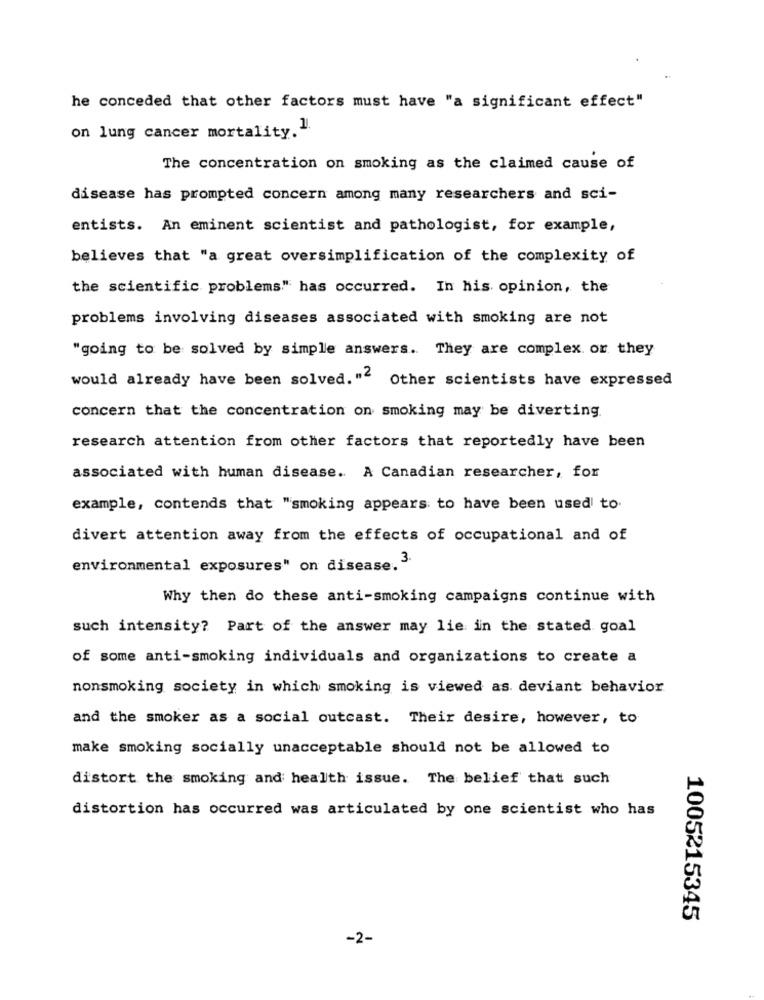
he conceded that other factors must have "a significant effect"
on lung cancer mortality."
The concentration on smoking as the claimed cause of
disease has prompted concern among many researchers and sci-
entists. An eminent scientist and pathologist, for example,
believes that "a great oversimplification of the complexity of
the scientific problems" has occurred. In his opinion, the
problems involving diseases associated with smoking are not
"going to be solved by simple answers. They are complex or they
would already have been solved."" Other scientists have expressed
concern that the concentration on smoking may be diverting.
research attention from other factors that reportedly have been
associated with human disease. A Canadian researcher, for
example, contends that "smoking appears to have been used to
divert attention away from the effects of occupational and of
environmental exposures" on disease. "
Why then do these anti-smoking campaigns continue with
such intensity? Part of the answer may lie in the stated goal
of some anti-smoking individuals and organizations to create a
nonsmoking society in which smoking is viewed as deviant behavior
and the smoker as a social outcast. Their desire, however, to
make smoking socially unacceptable should not be allowed to
distort the smoking and health issue. The belief that such
distortion has occurred was articulated by one scientist who has
1005215345
-2-